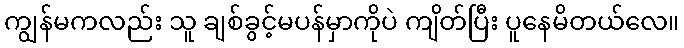
ကျွန်မကလည်း သူ ချစ်ခွင့်မပန်မှာကိုပဲ ကျိတ်ပြီး ပူနေမိတယ်လေ။